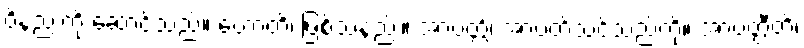
ဝိနည်းကို ဆောင်သည်။ ဟောတိ၊ ဖြစ်သနည်း။ အာပတ္တိံ၊ အာပတ်သင့်သည်ကို။ အာပတ္တီတိ၊